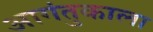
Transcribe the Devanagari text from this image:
आगंतुकाला